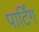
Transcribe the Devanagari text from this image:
पार्टिंग